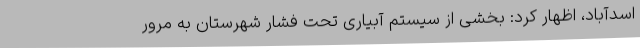
اسدآباد، اظهار کرد: بخشی از سیستم آبیاری تحت فشار شهرستان به مرور